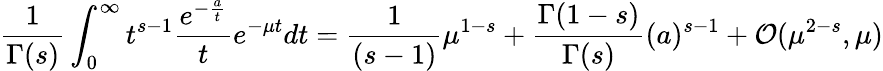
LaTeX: {\frac{1}{\Gamma(s)}}\int_{0}^{\infty}t^{s-1}{\frac{e^{-{\frac{a}{t}}}}{t}}e^{-\mu t}dt={\frac{1}{(s-1)}}\mu^{1-s}+{\frac{\Gamma(1-s)}{\Gamma(s)}}({a})^{s-1}+{\cal O}(\mu^{2-s},\mu)